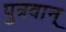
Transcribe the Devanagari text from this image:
पुत्रवान्